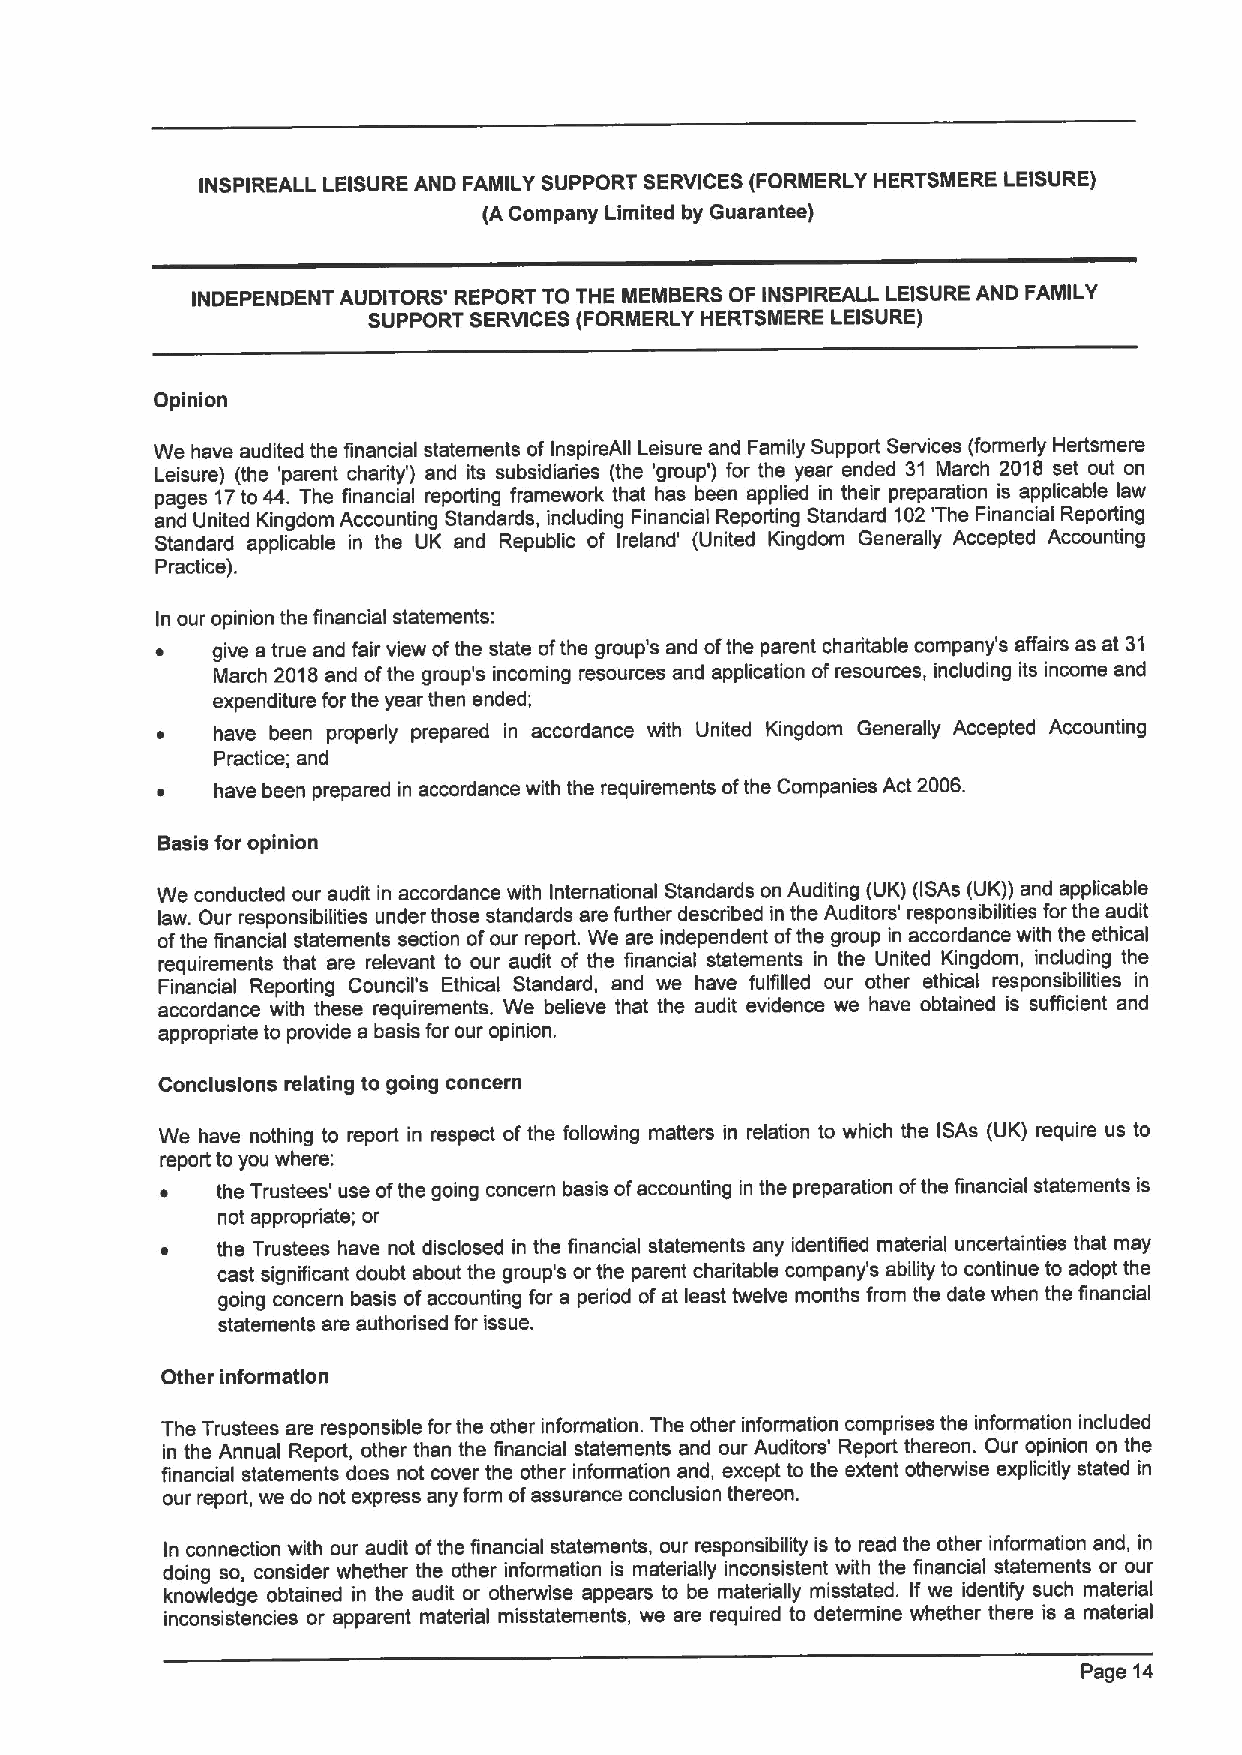
INSPIREALL LEISURE AND FAMILY SUPPORT SERVICES (FORMERLY HERTSMERE LEISURE)
 (A Company Limited by Guarantee)
 INDEPENDENT AUDITORS' REPORT TO THE MEMBERS OF INSPIREALL LEISURE AND FAMILY
 SUPPORT SERVICES (FORMERLY HERTSMERE LEISURE)
 Opinion
 We have audited the financial statements of InspireAII Leisure and Family Support Services (formerly Hertsmere
 Leisure) (the 'parent charity') and its subsidiaries (the 'group') for the year ended 31 March 2018 set out on
 pages 17to 44. The financial reporting framework that has been applied in their preparation is applicable law
 and United Kingdom Accounting Standards, including Financial Reporting Standard 102'The Financial Reporting
 Standard applicable in the UK and Republic of Ireland' (United Kingdom Generally Accepted Accounting
 Practice).
 In our opinion the financial statements:
 ~   give a true and fair view ofthe state ofthe group's and ofthe parent charitable company's affairs as at 31
 March 2018and ofthe group's incoming resources and application ofresources, including its income and
 expenditure for the year then ended;
 ~   have been properly prepared in accordance with United Kingdom Generally Accepted Accounting
 Practice; and
 ~   have been prepared in accordance with the requirements ofthe Companies Act 2006.
 Basis for opinion
 We conducted our audit in accordance with International Standards on Auditing (UK) (ISAs (UK)) and applicable
 law. Our responsibilities under those standards are further described in the Auditors' responsibilities forthe audit
 ofthe financial statements section ofour report. We are independent ofthe group in accordance with the ethical
 requirements that are relevant to our audit of the financial statements in the United Kingdom, including the
 Financial Reporting Council's Ethical Standard, and we have fulfilled our other ethical responsibilities in
 accordance with these requirements. We believe that the audit evidence we have obtained is sufficient and
 appropriate to provide a basis for our opinion.
 Conclusions relating to going concern
 We have nothing to report in respect of the following matters in relation to which the ISAs (UK) require us to
 report to you where:
 ~  the Trustees' use ofthe going concern basis ofaccounting in the preparation ofthe financial statements is
 not appropriate; or
 ~  the Trustees have not disclosed in the financial statements any identified material uncertainties that may
 cast significant doubt about the group's or the parent chariitable company's ability to continue to adopt the
 going concern basis ofaccounting for a period ofat least twelve months from the date when the financial
 statements are authorised for issue.
 Other information
 The Trustees are responsible forthe other information. The other information comprises the information included
 in the Annual Report, other than the financial statements and our Auditors' Report thereon. Our opinion on the
 financial statements does not cover the other information and, except to the extent otherwise explicitly stated in
 our report, we do not express any form ofassurance conclusion thereon.
 In connection with our audit ofthe financial statements, our responsibility is to read the other information and, in
 doing so, consider whether the other information is materiially inconsistent with the financial statements or our
 knowledge obtained in the audit or otherwise appears to be materially misstated. If we identify such material
 inconsistencies or apparent material misstatements, we are required to determine whether there is a material
 Page 14